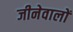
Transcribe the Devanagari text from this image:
जीनेवालों